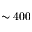
\sim 4 0 0